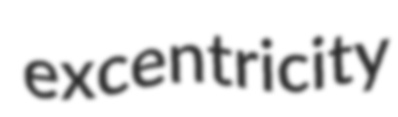
excentricity